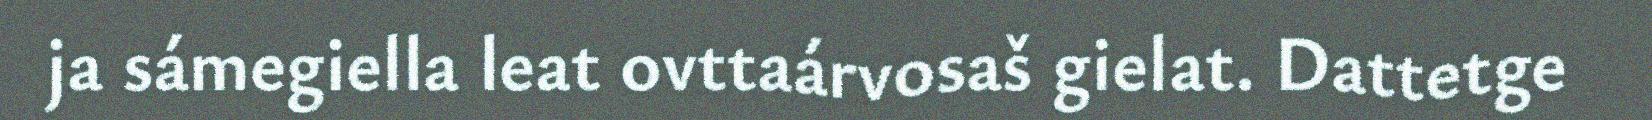
ja sámegiella leat ovttaárvosaš gielat. Dattetge